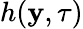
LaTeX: h(\mathbf{y},\tau)